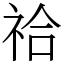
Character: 祫